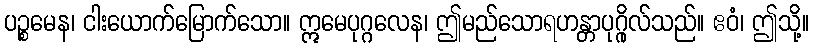
ပဉ္စမေန၊ ငါးယောက်မြောက်သော။ ဣမေပုဂ္ဂလေန၊ ဤမည်သောရဟန္တာပုဂ္ဂိုလ်သည်။ ဧဝံ၊ ဤသို့။